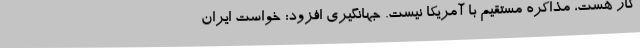
کار هست، مذاکره مستقیم با آمریکا نیست. جهانگیری افزود: خواست ایران